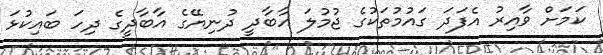
ކަމަށް ވާއިރު އެފަދަ ގައުމުތަކުގެ ޖުމުލަ އާބާދީ ދުނިޔޭގެ އާބާދީގެ ދިހަ ބައިކުޅަ